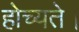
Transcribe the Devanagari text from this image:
होच्यते।